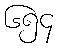
၆၅၄